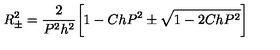
R _ { \pm } ^ { 2 } = \frac { 2 } { P ^ { 2 } h ^ { 2 } } \bigg [ 1 - C h P ^ { 2 } \pm \sqrt { 1 - 2 C h P ^ { 2 } } \bigg ]